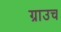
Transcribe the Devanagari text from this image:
ग्राउच